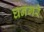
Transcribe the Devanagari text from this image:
घनगरे